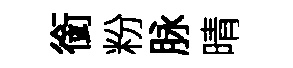
銜粉脉晴